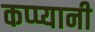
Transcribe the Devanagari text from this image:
कप्प्यानी